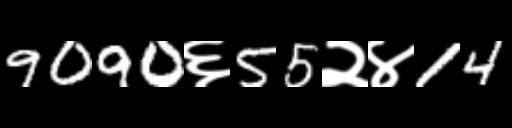
Text: 9090६55२४14